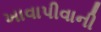
ખાવાપીવાની